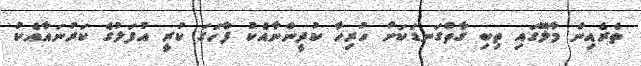
ތެރެއިން މާލޭގައި ތިބި ގާތްގަނޑަކަށް ހުރިހާ ކުދީންނާއެކު ފާހަގަ ކުރީ އުފަލުގެ ކަރުނައާއެކު